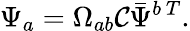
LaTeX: \Psi_{a}=\Omega_{ab}{\cal C}\bar{\Psi}^{b\ T}.